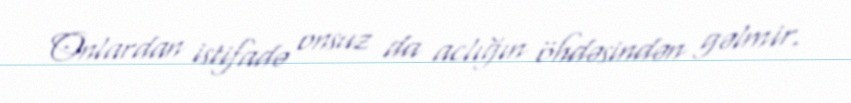
Onlardan istifadə onsuz da aclığın öhdəsindən gəlmir.